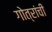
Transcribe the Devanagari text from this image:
गोत्रांची